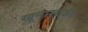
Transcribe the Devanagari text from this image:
खूनासाठी